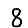
Digit: 8